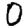
Digit: 0